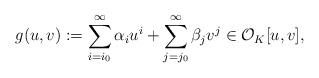
LaTeX: \begin{align*}g(u,v):=\sum_{i=i_0}^{\infty}\alpha_iu^i+\sum_{j=j_0}^{\infty}\beta_jv^j\in\mathcal{O}_K[u, v],\end{align*}